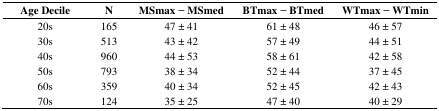
<table><thead><tr><td><b>Age Decile</b></td><td><b>N</b></td><td><b>MSmax − MSmed</b></td><td><b>BTmax − BTmed</b></td><td><b>WTmax − WTmin</b></td></tr></thead><tbody><tr><td>20s</td><td>165</td><td>47 ± 41</td><td>61 ± 48</td><td>46 ± 57</td></tr><tr><td>30s</td><td>513</td><td>43 ± 42</td><td>57 ± 49</td><td>44 ± 51</td></tr><tr><td>40s</td><td>960</td><td>44 ± 53</td><td>58 ± 61</td><td>42 ± 58</td></tr><tr><td>50s</td><td>793</td><td>38 ± 34</td><td>52 ± 44</td><td>37 ± 45</td></tr><tr><td>60s</td><td>359</td><td>40 ± 34</td><td>52 ± 45</td><td>42 ± 43</td></tr><tr><td>70s</td><td>124</td><td>35 ± 25</td><td>47 ± 40</td><td>40 ± 29</td></tr></tbody></table>